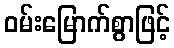
ဝမ်းမြောက်စွာဖြင့်